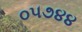
૦૫૭૪૪